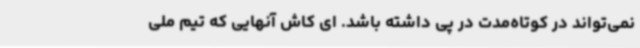
نمی‌تواند در کوتاه‌مدت در پی داشته باشد. ای کاش آنهایی که تیم ملی